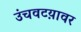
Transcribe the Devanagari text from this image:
उंचवटय़ावर